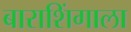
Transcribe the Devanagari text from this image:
बाराशिंगाला